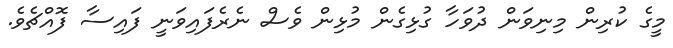
މީގެ ކުރިން މިނިވަން ދުވަހާ ގުޅިގެން މުޅިން ވެސް ނެރެފައިވަނީ ފައިސާ ފޮއްޗެވެ.